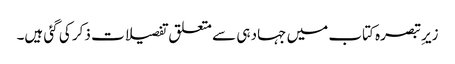
زیرِ تبصرہ کتاب میں جہاد ہی سے متعلق تفصیلات ذکر کی گئی ہیں۔